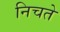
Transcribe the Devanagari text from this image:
निचते